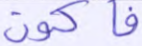
فأكون